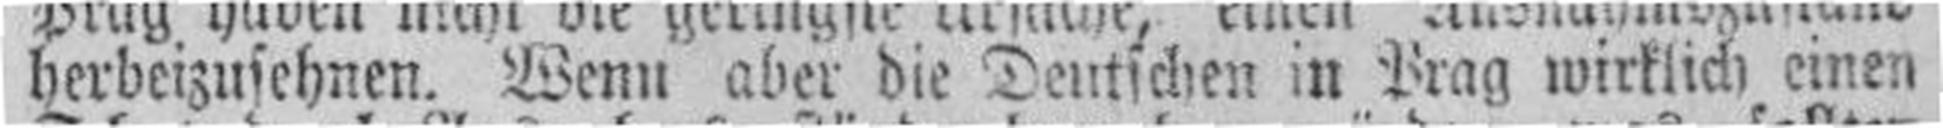
herbeizusehnen. Wenn aber die Deutschen in Prag wirklich einen